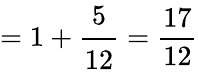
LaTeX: =1+{\cfrac{5}{12}}={\frac{17}{12}}